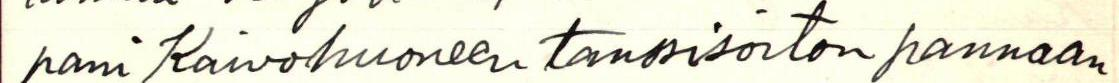
pani Kaivohuoneen tanssisoiton pannaan